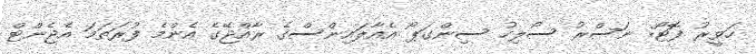
ހަވީރު ފޮޓޯ: ނަސްރު ސޯލިހު ސިންގަޕޯ އެއާލައިންސްގެ ރާއްޖޭގެ އެންމެ ފުރަތަމަ އެޖެންޓް